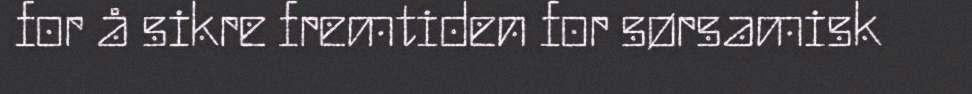
for å sikre fremtiden for sørsamisk